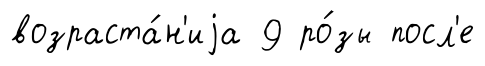
возраста́н'иjа 9 ро́зы посл'е